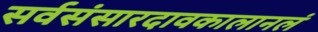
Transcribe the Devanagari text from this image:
सर्वसंसारदावकालानलं